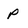
Character: p